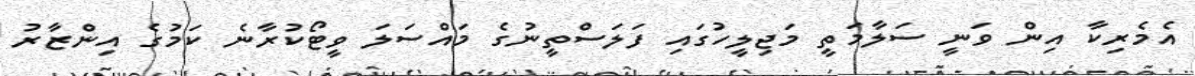
އެމެރިކާ އިން ވަނީ ސަލާމަތީ މަޖިލީހުގައި ފަލަސްތީނުގެ މައްސަލަ ވީޓޯކުރާނެ ކަމުގެ އިންޒާރު